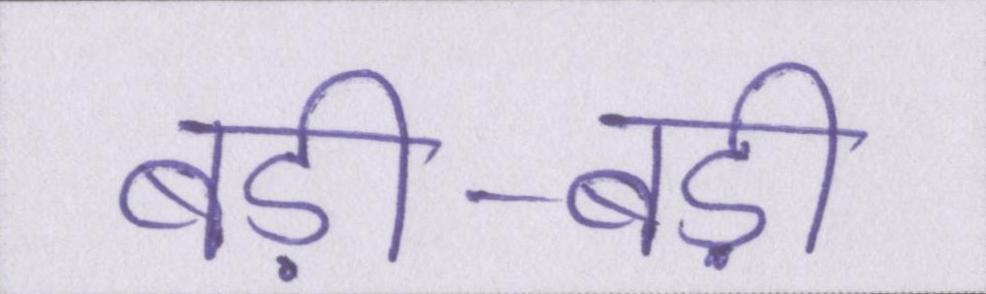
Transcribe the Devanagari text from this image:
बड़ी-बड़ी